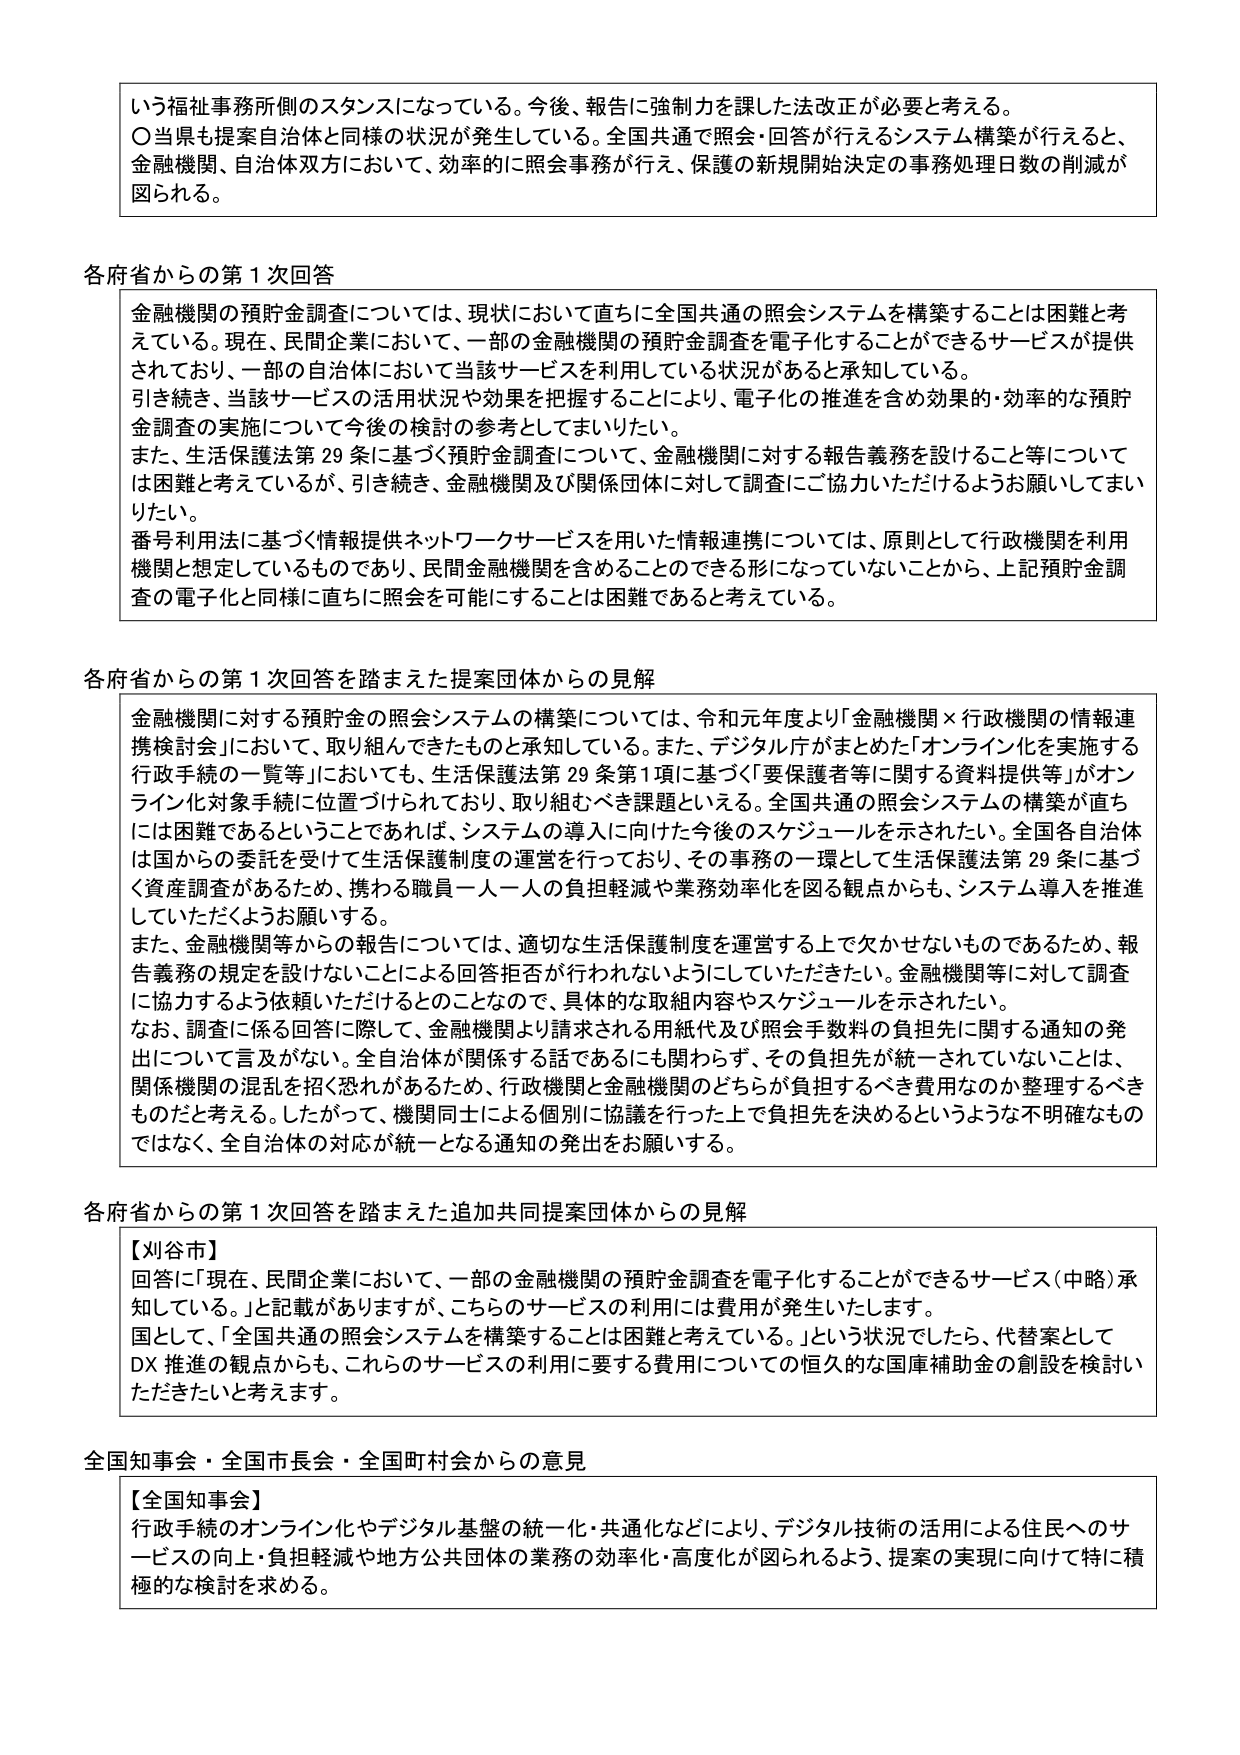
いう福祉事務所側のスタンスになっている。今後、報告に強制力を課した法改正が必要と考える。
〇当県も提案自治体と同様の状況が発生している。全国共通で照会・回答が行えるシステム構築が行えると、金融機関、自治体双方において、効率的に照会事務が行え、保護の新規開始決定の事務処理日数の削減が図られる。

各府省からの第1次回答
金融機関の預貯金調査については、現状において直ちに全国共通の照会システムを構築することは困難と考えている。現在、民間企業において、一部の金融機関の預貯金調査を電子化することができるサービスが提供されており、一部の自治体において当該サービスを利用している状況があると承知している。
引き続き、当該サービスの活用状況や効果を把握することにより、電子化の推進を含め効果的・効率的な預貯金調査の実施について今後の検討の参考としてまいりたい。
また、生活保護法第29条に基づく預貯金調査について、金融機関に対する報告義務を設けること等については困難と考えているが、引き続き、金融機関及び関係団体に対して調査にご協力いただけるようお願いしてまいりたい。
番号利用法に基づく情報提供ネットワークサービスを用いた情報連携については、原則として行政機関を利用機関と想定しているものであり、民間金融機関を含めることのできる形になっていないことから、上記預貯金調査の電子化と同様に直ちに照会を可能することは困難であると考えている。

各府省からの第1次回答を踏まえた提案団体からの見解
金融機関に対する預貯金の照会システムの構築については、令和元年度より「金融機関×行政機関の情報連携検討会」において、取り組んできたものと承知している。また、デジタル庁がまとめた「オンライン化を実施する行政手続の一覧等」においても、生活保護法第29条第1項に基づく「要保護者等に関する資料提供等」がオンライン化対象手続に位置づけられており、取り組むべき課題といえる。全国共通の照会システムの構築が直ちには困難であるということであれば、システムの導入に向けた今後のスケジュールを示されたい。全国各自治体は国からの委託を受けて生活保護制度の運営を行っており、その事務の一環として生活保護法第29条に基づく資産調査があるため、携わる職員一人一人の負担軽減や業務効率化を図る観点からも、システム導入を推進していただくようお願いする。
また、金融機関等からの報告については、適切な生活保護制度を運営する上で欠かせないものであるため、報告義務の規定を設けないことにによる回答拒否が行われないようにしていただきたい。金融機関等に対して調査に協力するよう依頼いただけるとのことなので、具体的な取組内容やスケジュールを示されたい。
なお、調査に係る回答に際して、金融機関より請求される用紙代及び照会手数料の負担先に関する通知の発出について言及がない。全自治体が関係する話であるにも関わらず、その負担先が統一されていないことは、関係機関の混乱を招く恐れがあるため、行政機関と金融機関のどちらが負担するべき費用なのか整理するべきものだと考える。したがって、機関同士による個別に協議を行った上で負担先を決めるというような不明確なものではなく、全自治体の対応が統一となる通知の発出をお願いする。

各府省からの第1次回答を踏まえた追加共同提案団体からの見解
【刈谷市】
回答に「現在、民間企業において、一部の金融機関の預貯金調査を電子化することができるサービス（中略）承知している。」と記載がありますが、こちらのサービスの利用には費用が発生いたします。
国として、「全国共通の照会システムを構築することは困難と考えている。」という状況でしたら、代替案としてDX推進の観点からも、これらのサービスの利用に要する費用についての恒久的な国庫補助金の創設を検討いただきたいと考えます。

全国知事会・全国市長会・全国町村会からの意見
【全国知事会】
行政手続のオンライン化やデジタル基盤の統一化・共通化などにより、デジタル技術の活用による住民へのサービスの向上・負担軽減や地方公共団体の業務の効率化・高度化が図られるよう、提案の実現に向けて特に積極的な検討を求める。